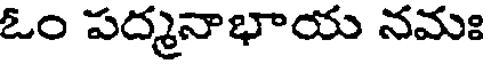
ఓం పద్మనాభాయ నమః